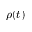
\rho ( t )